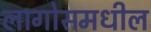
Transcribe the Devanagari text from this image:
लागोसमधील